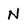
Character: N